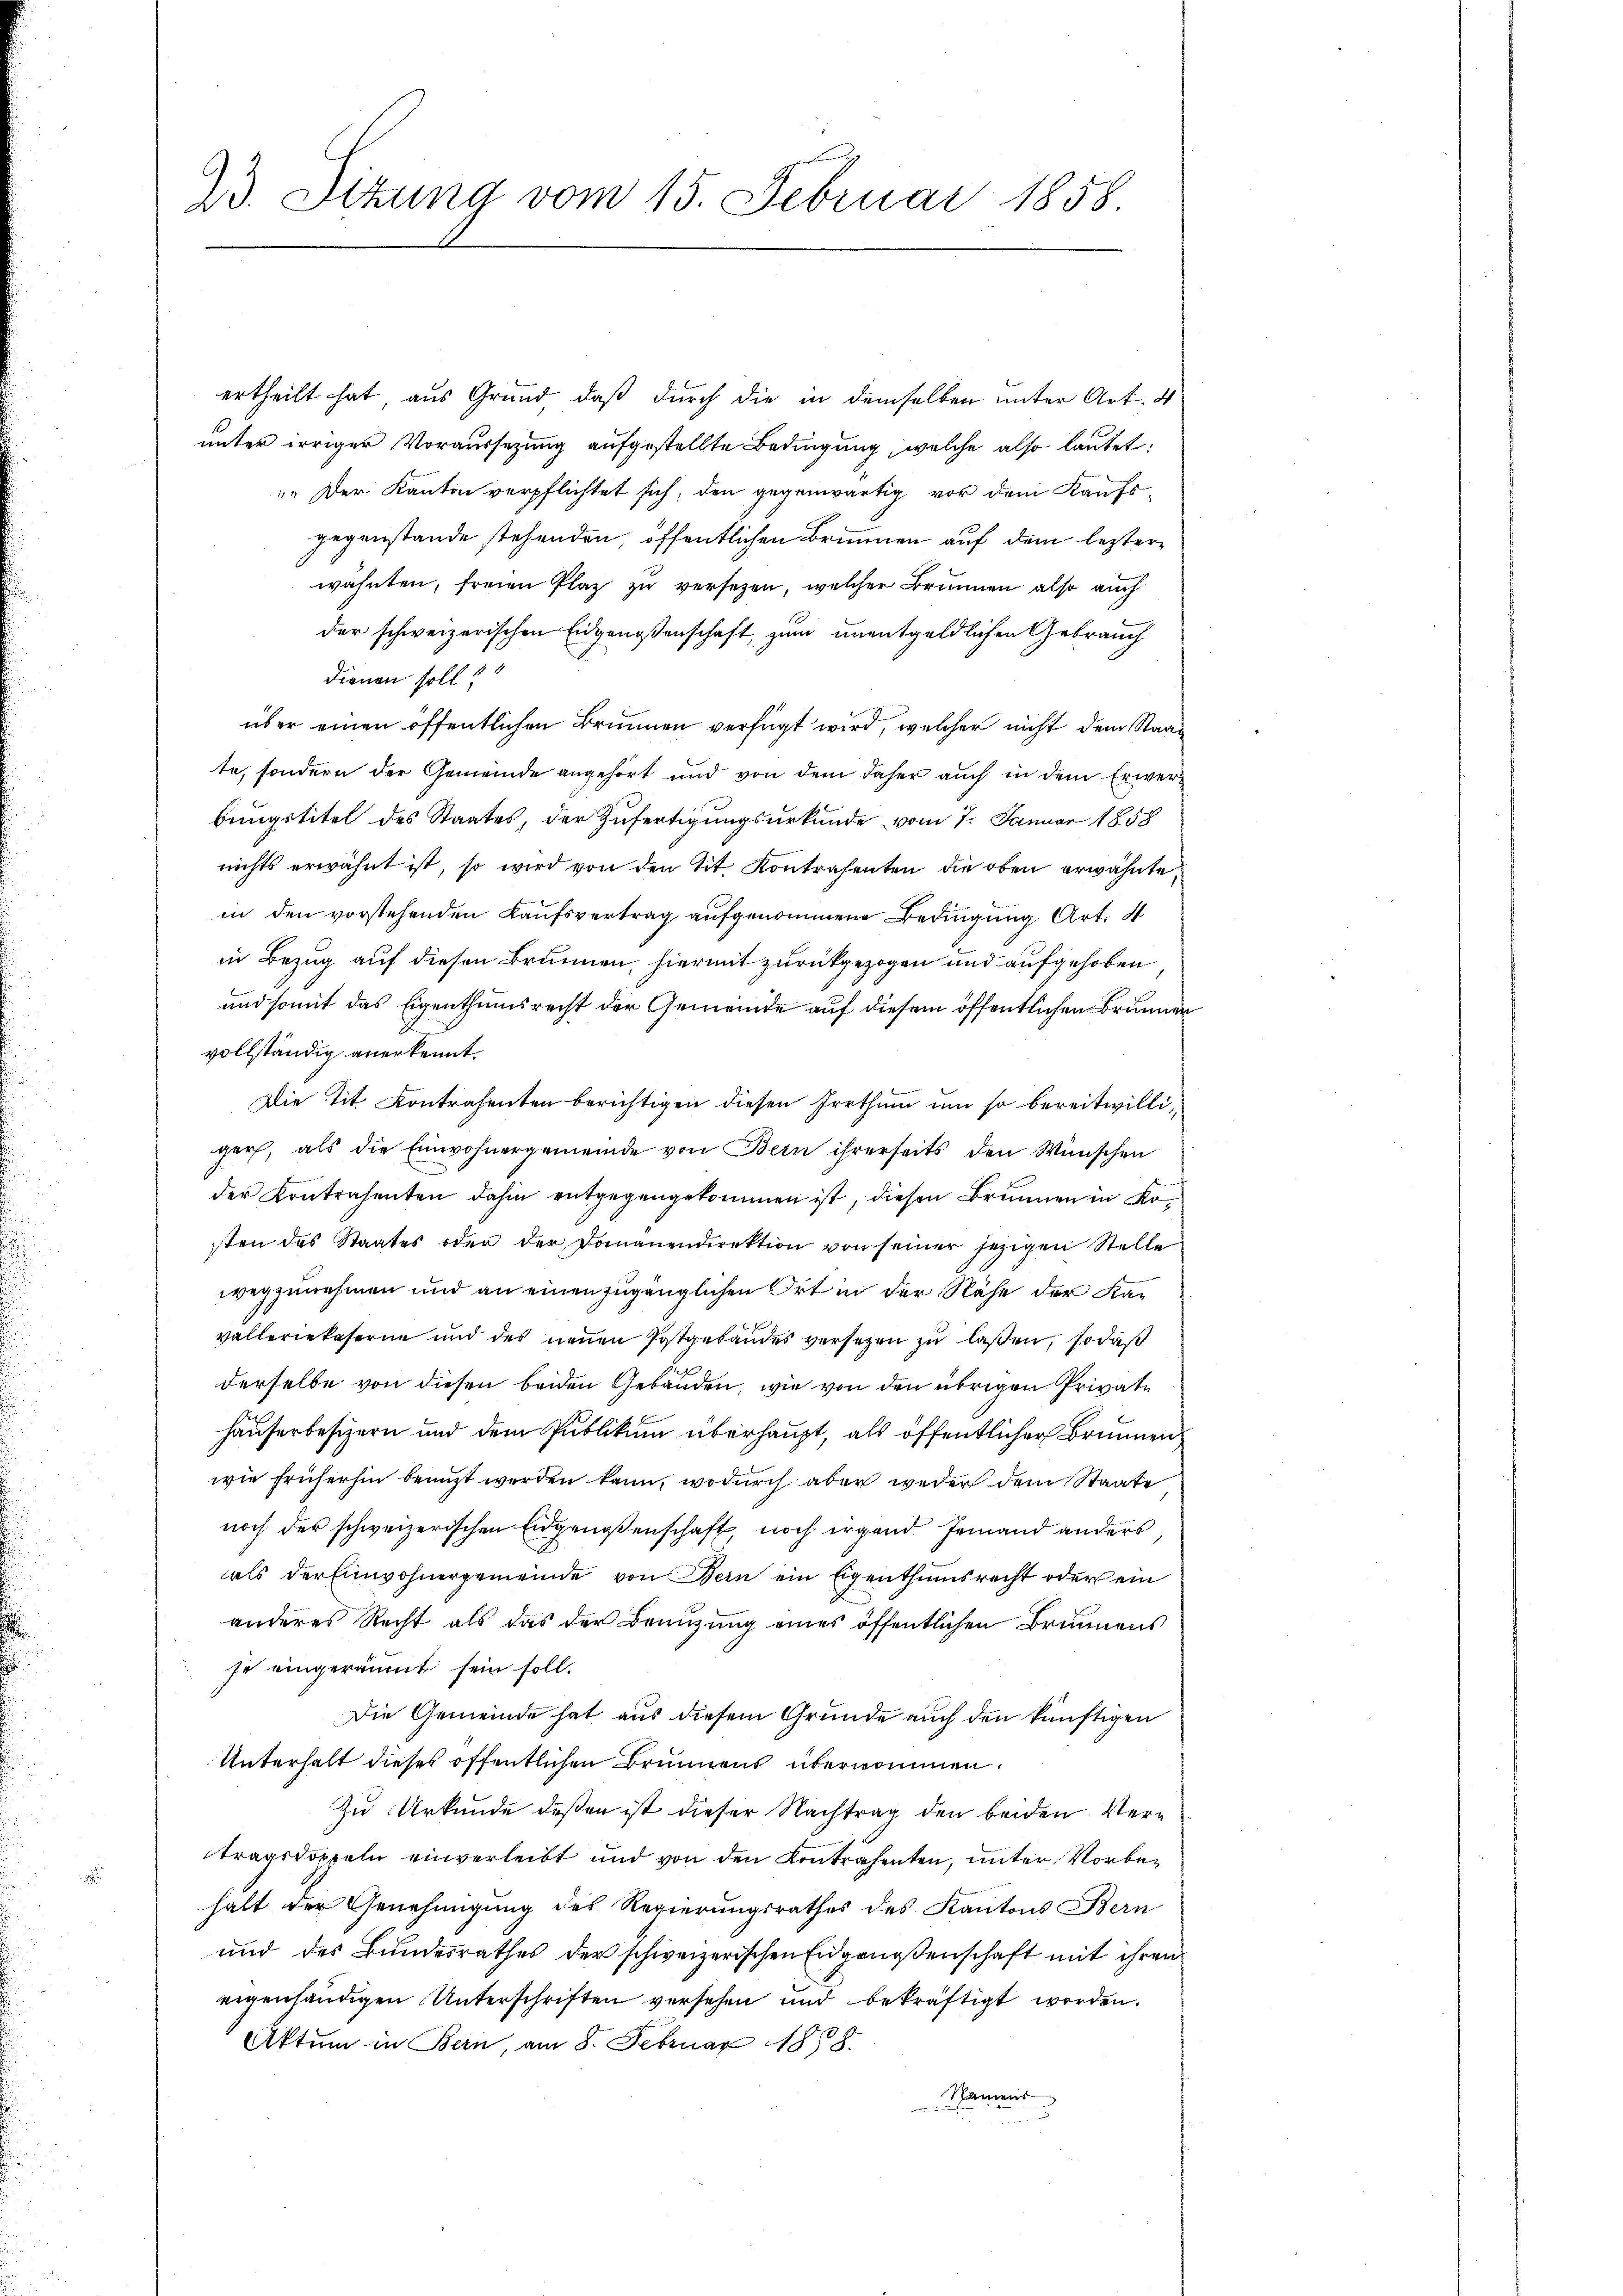
ertheilt hat aus Grund, daß durch die in demselben unter Art. 4
unter irriger Voraussetzung aufgestellte Bedingung, welche also lautet.
 Der Kanton verpflichtet sich, den gegenwärtig vor dem Kaufs-
gegenstande stehenden, öffentlichen Brunnen auf dem lezterwähnten, freien Plaz zu versetzen, welcher Brunnen also auch
der schweizerischen Eidgenossenschaft, zum unentgeldlichen Gebrauch
dienen soll?
über einen öffentlichen Brunnen verfügt wird, welcher nicht dem Staat
te, sondern der Gemeinde angehört und von dem daher auch in dem Erwerbungstitel des Staates, der Zufertigungsurkunde vom 7. Januar 1858
nichts erwähnt ist, so wird von den Tit. Kontrafenten die oben erwähnte,
in den vorstehenden Kaufsvertrag aufgenommene Bedingung Art. 4
in Bezug auf diesen Brunnen, hiermit zurückgezogen und aufgehoben
und somit das Eigenthumsrecht der Gemeinde auf diesem öffentlichen Brunnen
vollständig anerkennt.
Die Tit. Kontrahenten berichtigen diesen Irrthum um so bereitwilliger, als die Einwohnergemeinde von Bern ihrerseits den Wünschen
der Kontrahenten dahin entgegengekommen ist, diesen Brunnen in Kosten des Staates oder der Domanendirektion von seiner jezigen Stelle
wegzunehmen und an einenzugänglichen Ort in der Nähe der Kavalleriekaserne und des neuen Postgebäudes versetzen zu lassen, so daß
derselbe von diesen beiden Gebäuden, wie von den übrigen Private
häuserbesizern und dem Publikum überhaupt, als öffentlicher Brunnen
wie früherhin benuzt werden kann, wodurch aber weder dem Staate
noch der schweizerischen Eidgenossenschaft, noch irgend Jemand anders
als der Einwohnergemeinde von Bern ein Eigenthumsrecht oder ein
anderes Recht als das der Benŭtzŭng eines öffentlichen Brunnens
je eingeräumt sein soll.
Die Gemeinde hat aus diesem Grunde auch den künftigen
Unterhalt dieses öffentlichen Brunnens übernommen.
Zu Urkunde deßen ist dieser Nachtrag den beiden Vertragsdoppeln einverleibt und von den Kontrahenten, unter Vorbehalt der Genehmigung des Regierungsrathes des Kantons Bern
und des Bundesrathes der schweizerischen Eidgenoßenschaft mit ihren
eigenhändigen Unterschriften versehen und bekräftigt worden.
Aktum in Bern, am 8. Februar 1888.
Namens

23. Sitzung vom 15. Februar 1858.